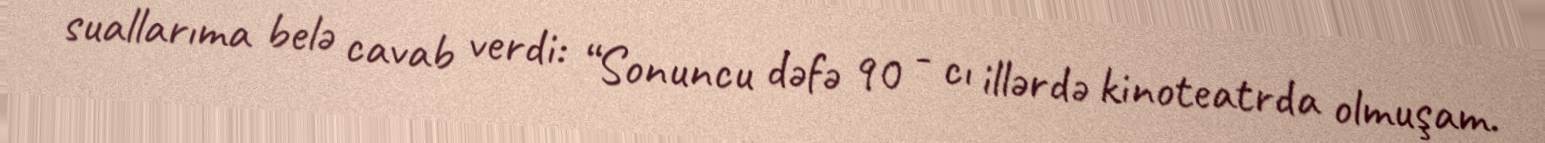
suallarıma belə cavab verdi: “Sonuncu dəfə 90 - cı illərdə kinoteatrda olmuşam.